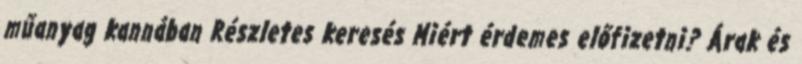
műanyag kannában Részletes keresés Miért érdemes előfizetni? Árak és